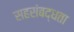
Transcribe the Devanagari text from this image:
सहसंबद्धता